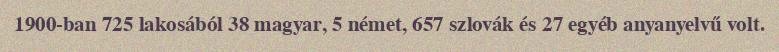
1900-ban 725 lakosából 38 magyar, 5 német, 657 szlovák és 27 egyéb anyanyelvű volt.